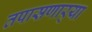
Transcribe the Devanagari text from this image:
तपासणार्‍या